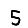
Digit: 5